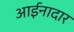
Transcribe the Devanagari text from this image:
आईनादार